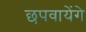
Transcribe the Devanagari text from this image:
छपवायेंगे